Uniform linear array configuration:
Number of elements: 48
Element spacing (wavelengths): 1
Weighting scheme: blackman
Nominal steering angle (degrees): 45
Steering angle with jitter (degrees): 46.431
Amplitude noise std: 0.05
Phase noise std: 0.05

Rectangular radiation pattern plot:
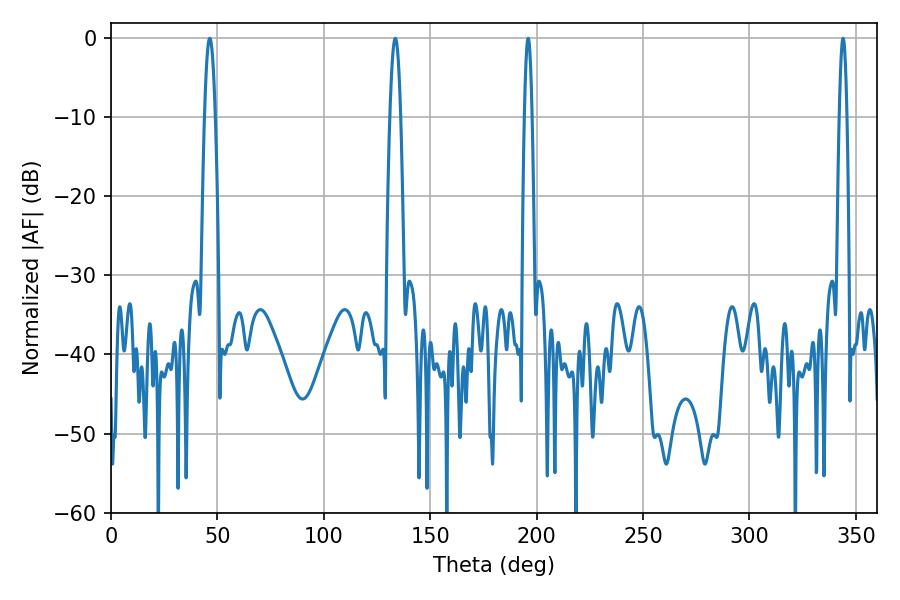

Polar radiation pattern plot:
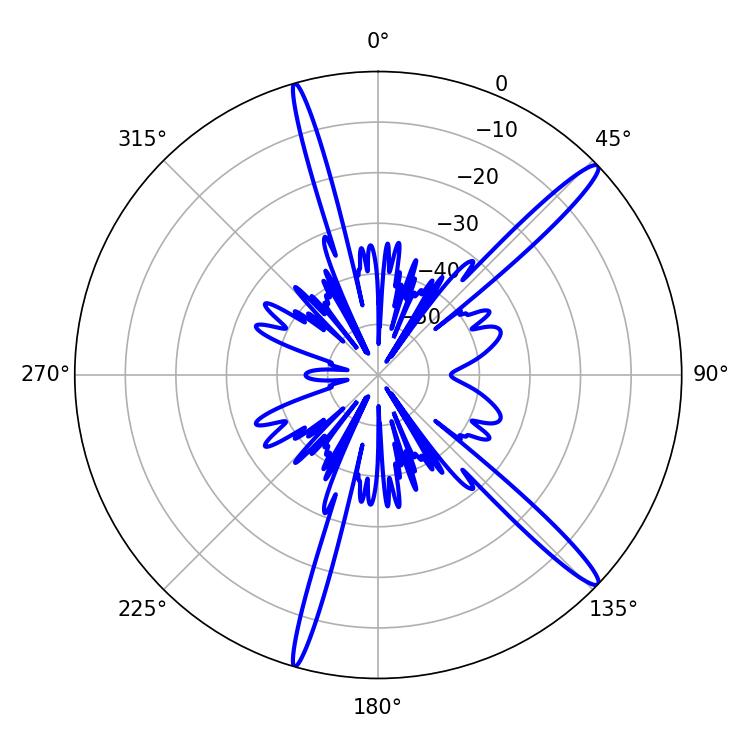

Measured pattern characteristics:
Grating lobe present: TRUE
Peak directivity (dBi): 15.526
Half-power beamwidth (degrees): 1.8
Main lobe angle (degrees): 343.98